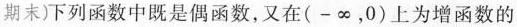
期末)下列函数中既是偶函数，又在(-\infty ，0)上为增函数的